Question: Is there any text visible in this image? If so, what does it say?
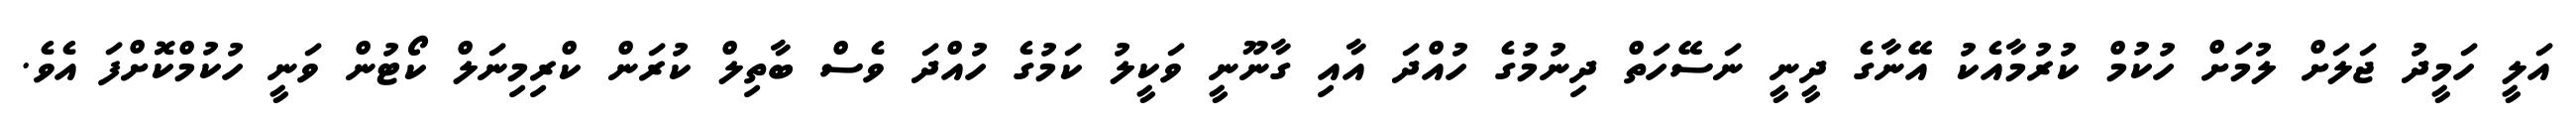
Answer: އަލީ ހަމީދު ޖަލަށް ލުމަށް ހުކުމް ކުރުމާއެކު އޭނާގެ ދީނީ ނަސޭހަތް ދިނުމުގެ ހުއްދަ އާއި ގާނޫނީ ވަކީލު ކަމުގެ ހުއްދަ ވެސް ބާތިލް ކުރަން ކްރިމިނަލް ކޯޓުން ވަނީ ހުކުމްކޮށްފަ އެވެ.